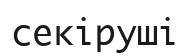
секіруші